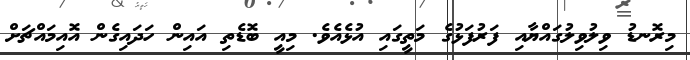
މިރޮނޑު ވިލުވިލުގައްޔާއި ފަރުފަޅުގެ މަތީގައި އުޅެއެވެ. މިއީ ބޮޑެތި އައިން ހަދައިގެން އޮއިމައްޗަށް